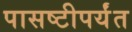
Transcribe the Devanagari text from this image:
पासष्टीपर्यंत